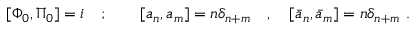
[ \Phi _ { 0 } , \Pi _ { 0 } ] = i \quad ; \qquad [ a _ { n } , a _ { m } ] = n \delta _ { n + m } \quad , \quad [ \bar { a } _ { n } , \bar { a } _ { m } ] = n \delta _ { n + m } \ .